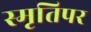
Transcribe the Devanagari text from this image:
स्मृतिपर